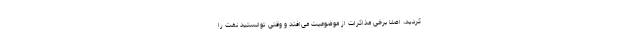
کردید، اصلا برخی مذاکرات از موضوعیت می‌افتد و وقتی توانستید نفت را